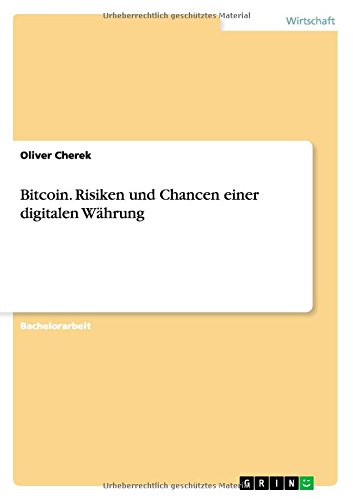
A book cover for Bitcoin. Risiken und Chancen einer digitalen WÃ¤hrung (German Edition); Oliver Cherek; Computers & Technology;